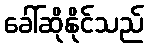
ခေါ်ဆိုနိုင်သည်